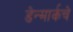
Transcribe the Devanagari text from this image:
डेन्मार्कचे